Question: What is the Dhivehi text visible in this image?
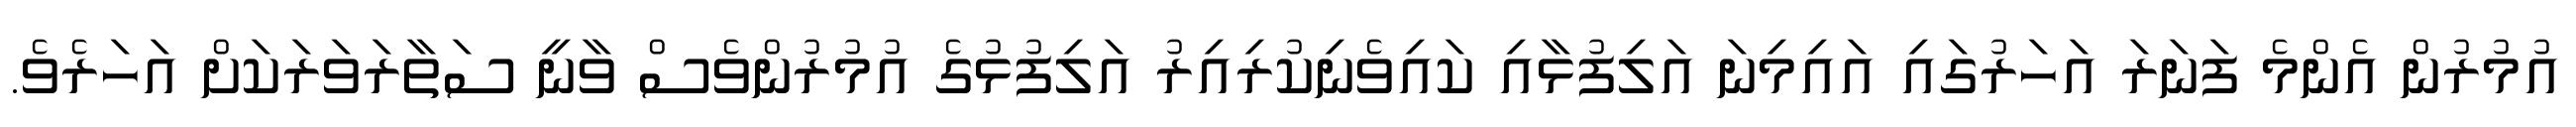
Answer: އުމުރުން އެންމެ ފަނަރަ އަހަރުގައި އައިމިނަ އަލިފުޅާއި ކައިވެނިކުރިއިރު އަލިފުޅުގެ އުމުރުންވެސް ވާނީ ސަތާރަވަރަކަށް އަހަރެވެ.